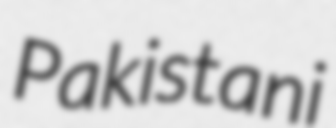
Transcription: Pakistani